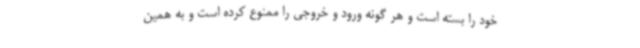
خود را بسته است و هر گونه ورود و خروجی را ممنوع کرده است و به همین